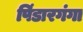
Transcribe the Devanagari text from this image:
पिंडारगंगा